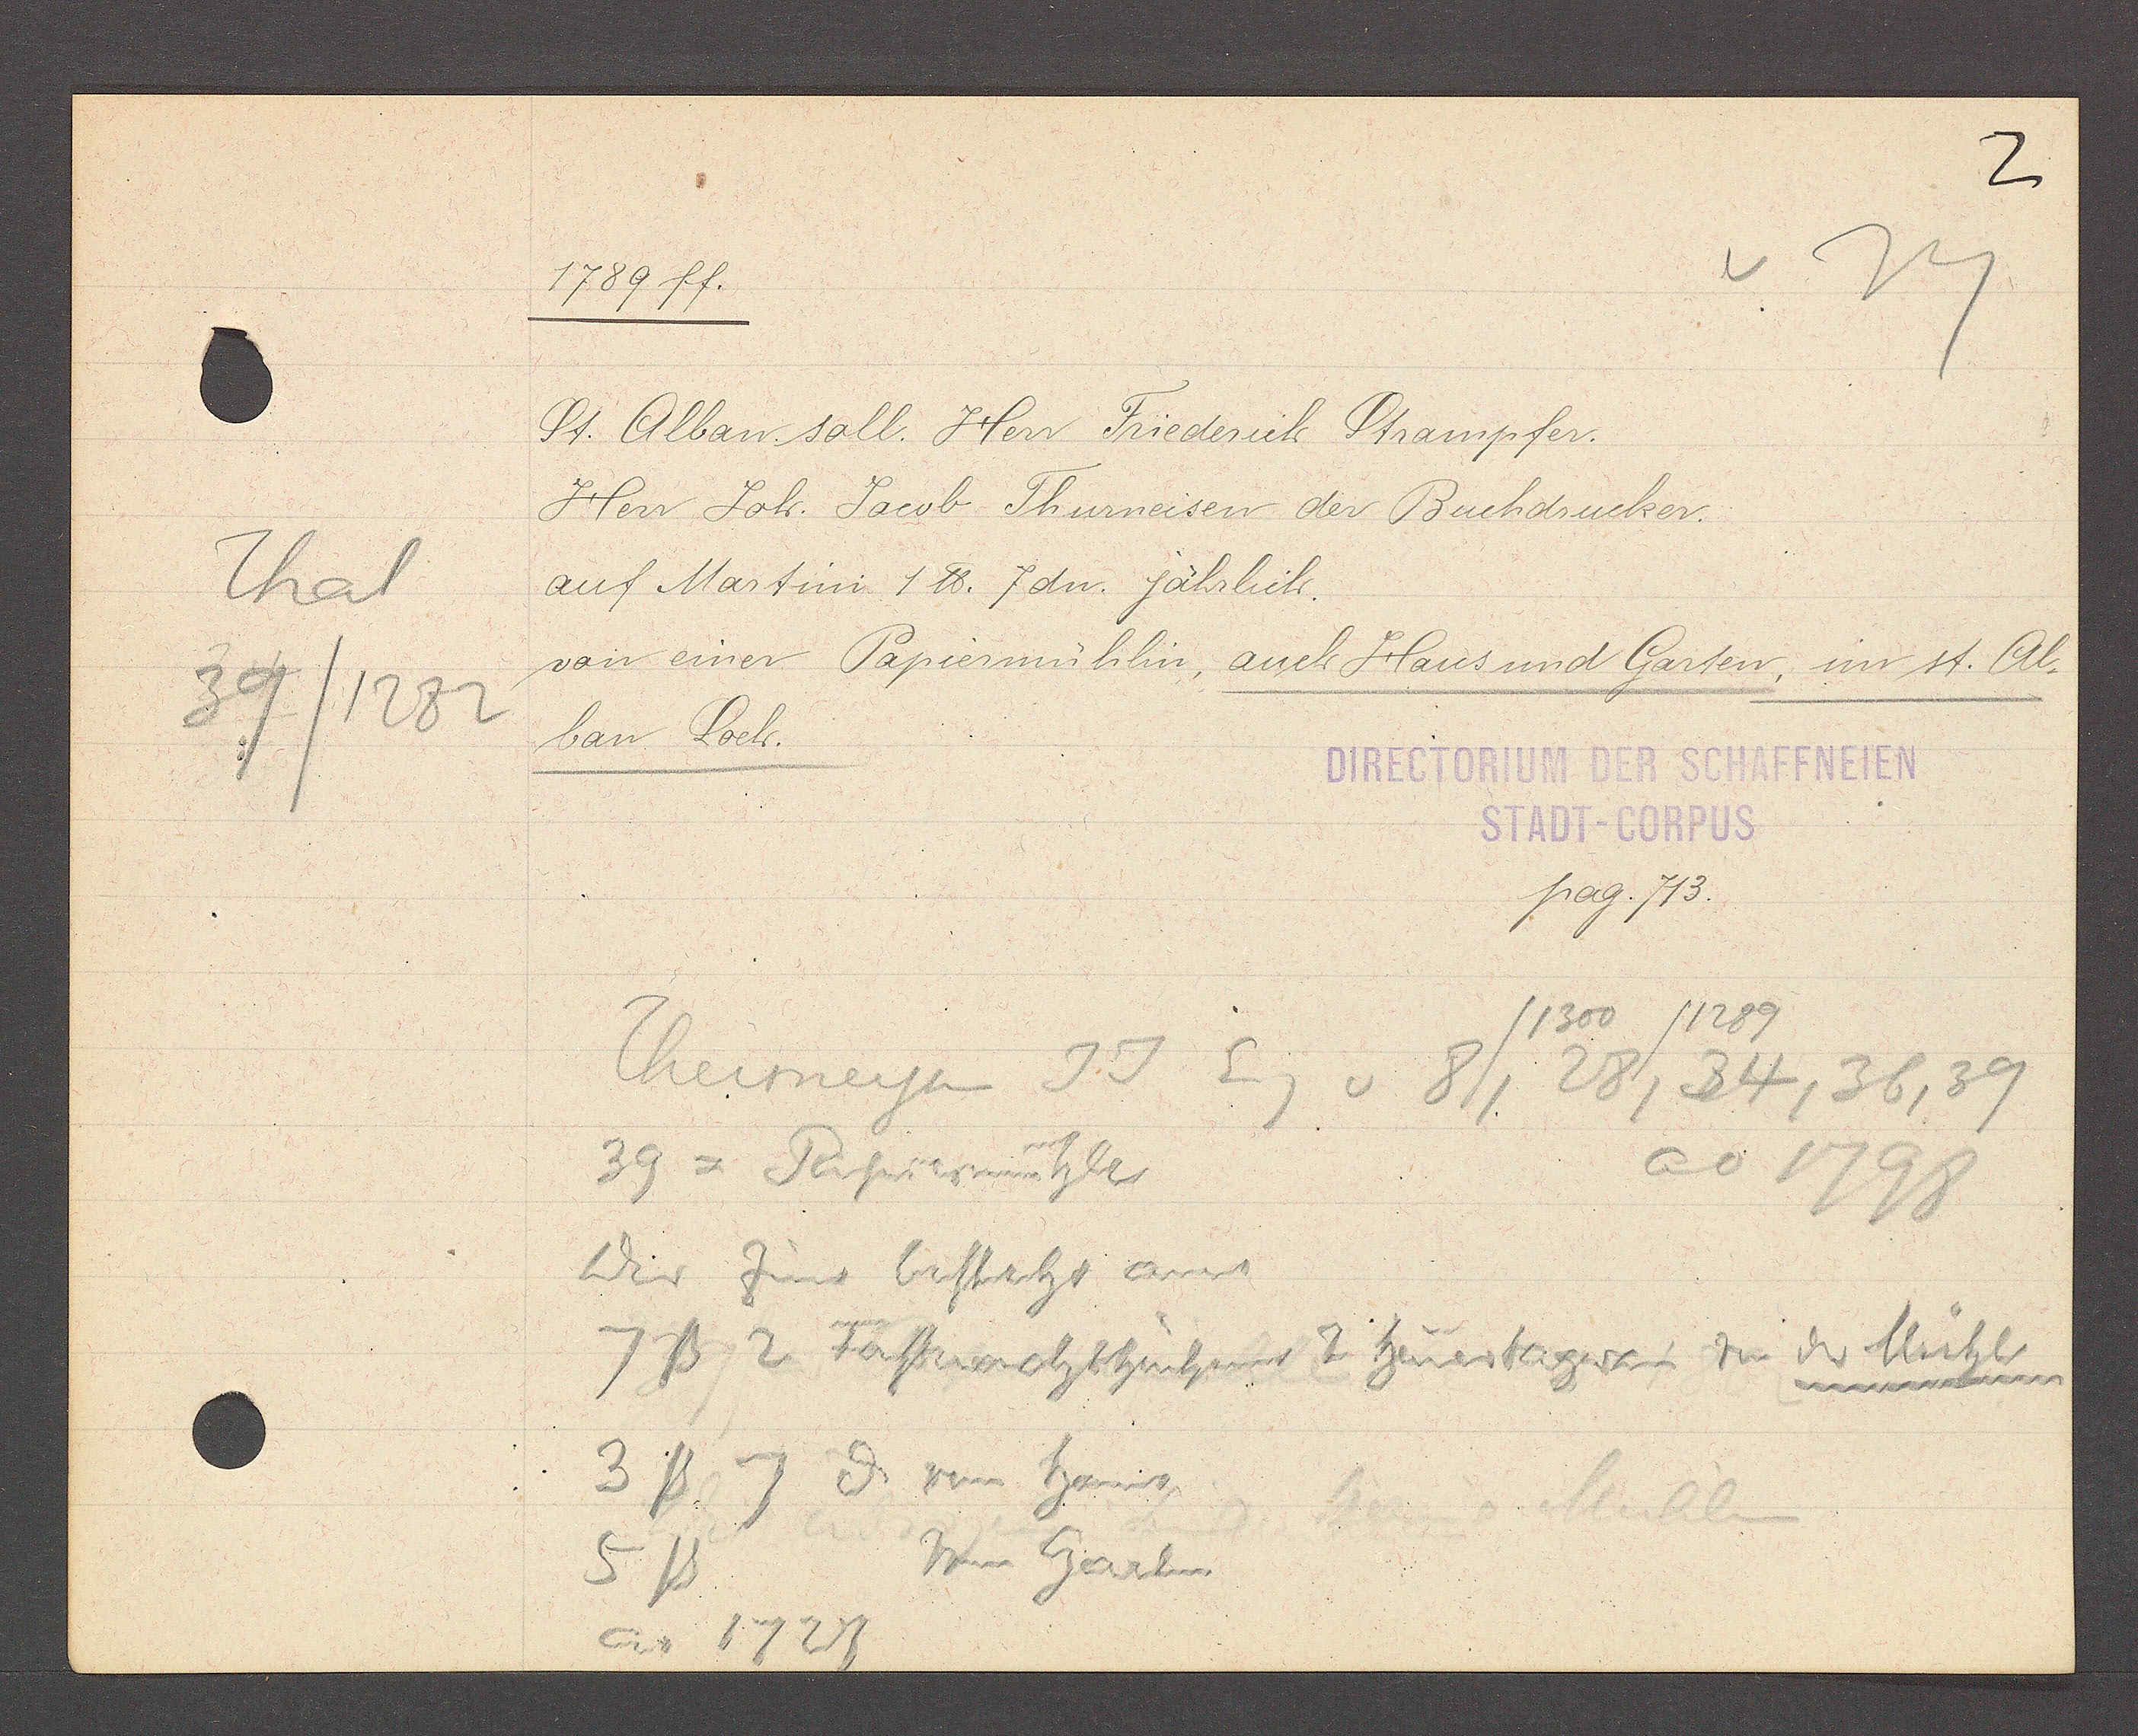
Transcript:
Thal
39/1282

1789 ff.

St. Alban soll. Herr Friederich Strampfer.
Herr Joh. Jacob Thurneisen der Buchdrucker.
auf Martini 1 ℔. 7 dn. jährlich.
von einer Papiermühlin, auch Haus und Garten, im st. Al¬
ban Loeh.

DIRECTORIUM DER SCHAFFNEIEN
STADT-CORPUS
pag. 713.

/1300 /1289
Thurneysen JJ Eg v 8, 28, 34, 36, 39
ao
1798
39 = Papiermühle
Der Zins besteht aus
7ß 2 Fasnachthühner 2 heuertagen z
der Mühle
3ß. 7ȡ von hans
vom Garten
5ß
ao 1723